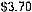
$3.70